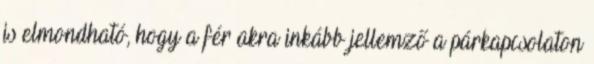
is elmondható, hogy a férﬁakra inkább jellemző a párkapcsolaton